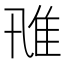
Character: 𨾑